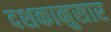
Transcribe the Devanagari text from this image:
दशकानुसार